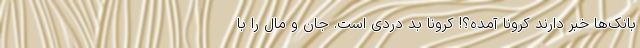
بانک‌ها خبر دارند کرونا آمده؟! کرونا بد دردی است. جان و مال را با